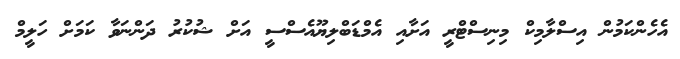
އެހެންކަމުން އިސްލާމިކް މިނިސްޓްރީ އަށާއި އެމްޑަބްލިޔޫއެސްސީ އަށް ޝުކުރު ދަންނަވާ ކަމަށް ހަލީމް